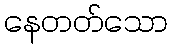
နေတတ်သော